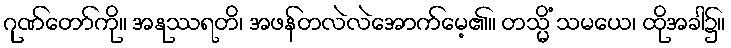
ဂုဏ်တော်ကို။ အနုဿရတိ၊ အဖန်တလဲလဲအောက်မေ့၏။ တသ္မိံ သမယေ၊ ထိုအခါ၌။